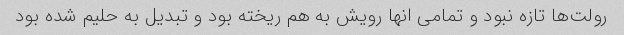
رولت‌ها تازه نبود و تمامی انها رویش به هم ریخته بود و تبدیل به حلیم شده بود